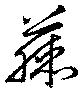
藤